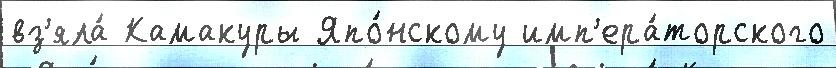
вз'яла́ Камакуры Япо́нскому имп'ера́торского